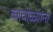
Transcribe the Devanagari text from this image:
काचोळ्यांना